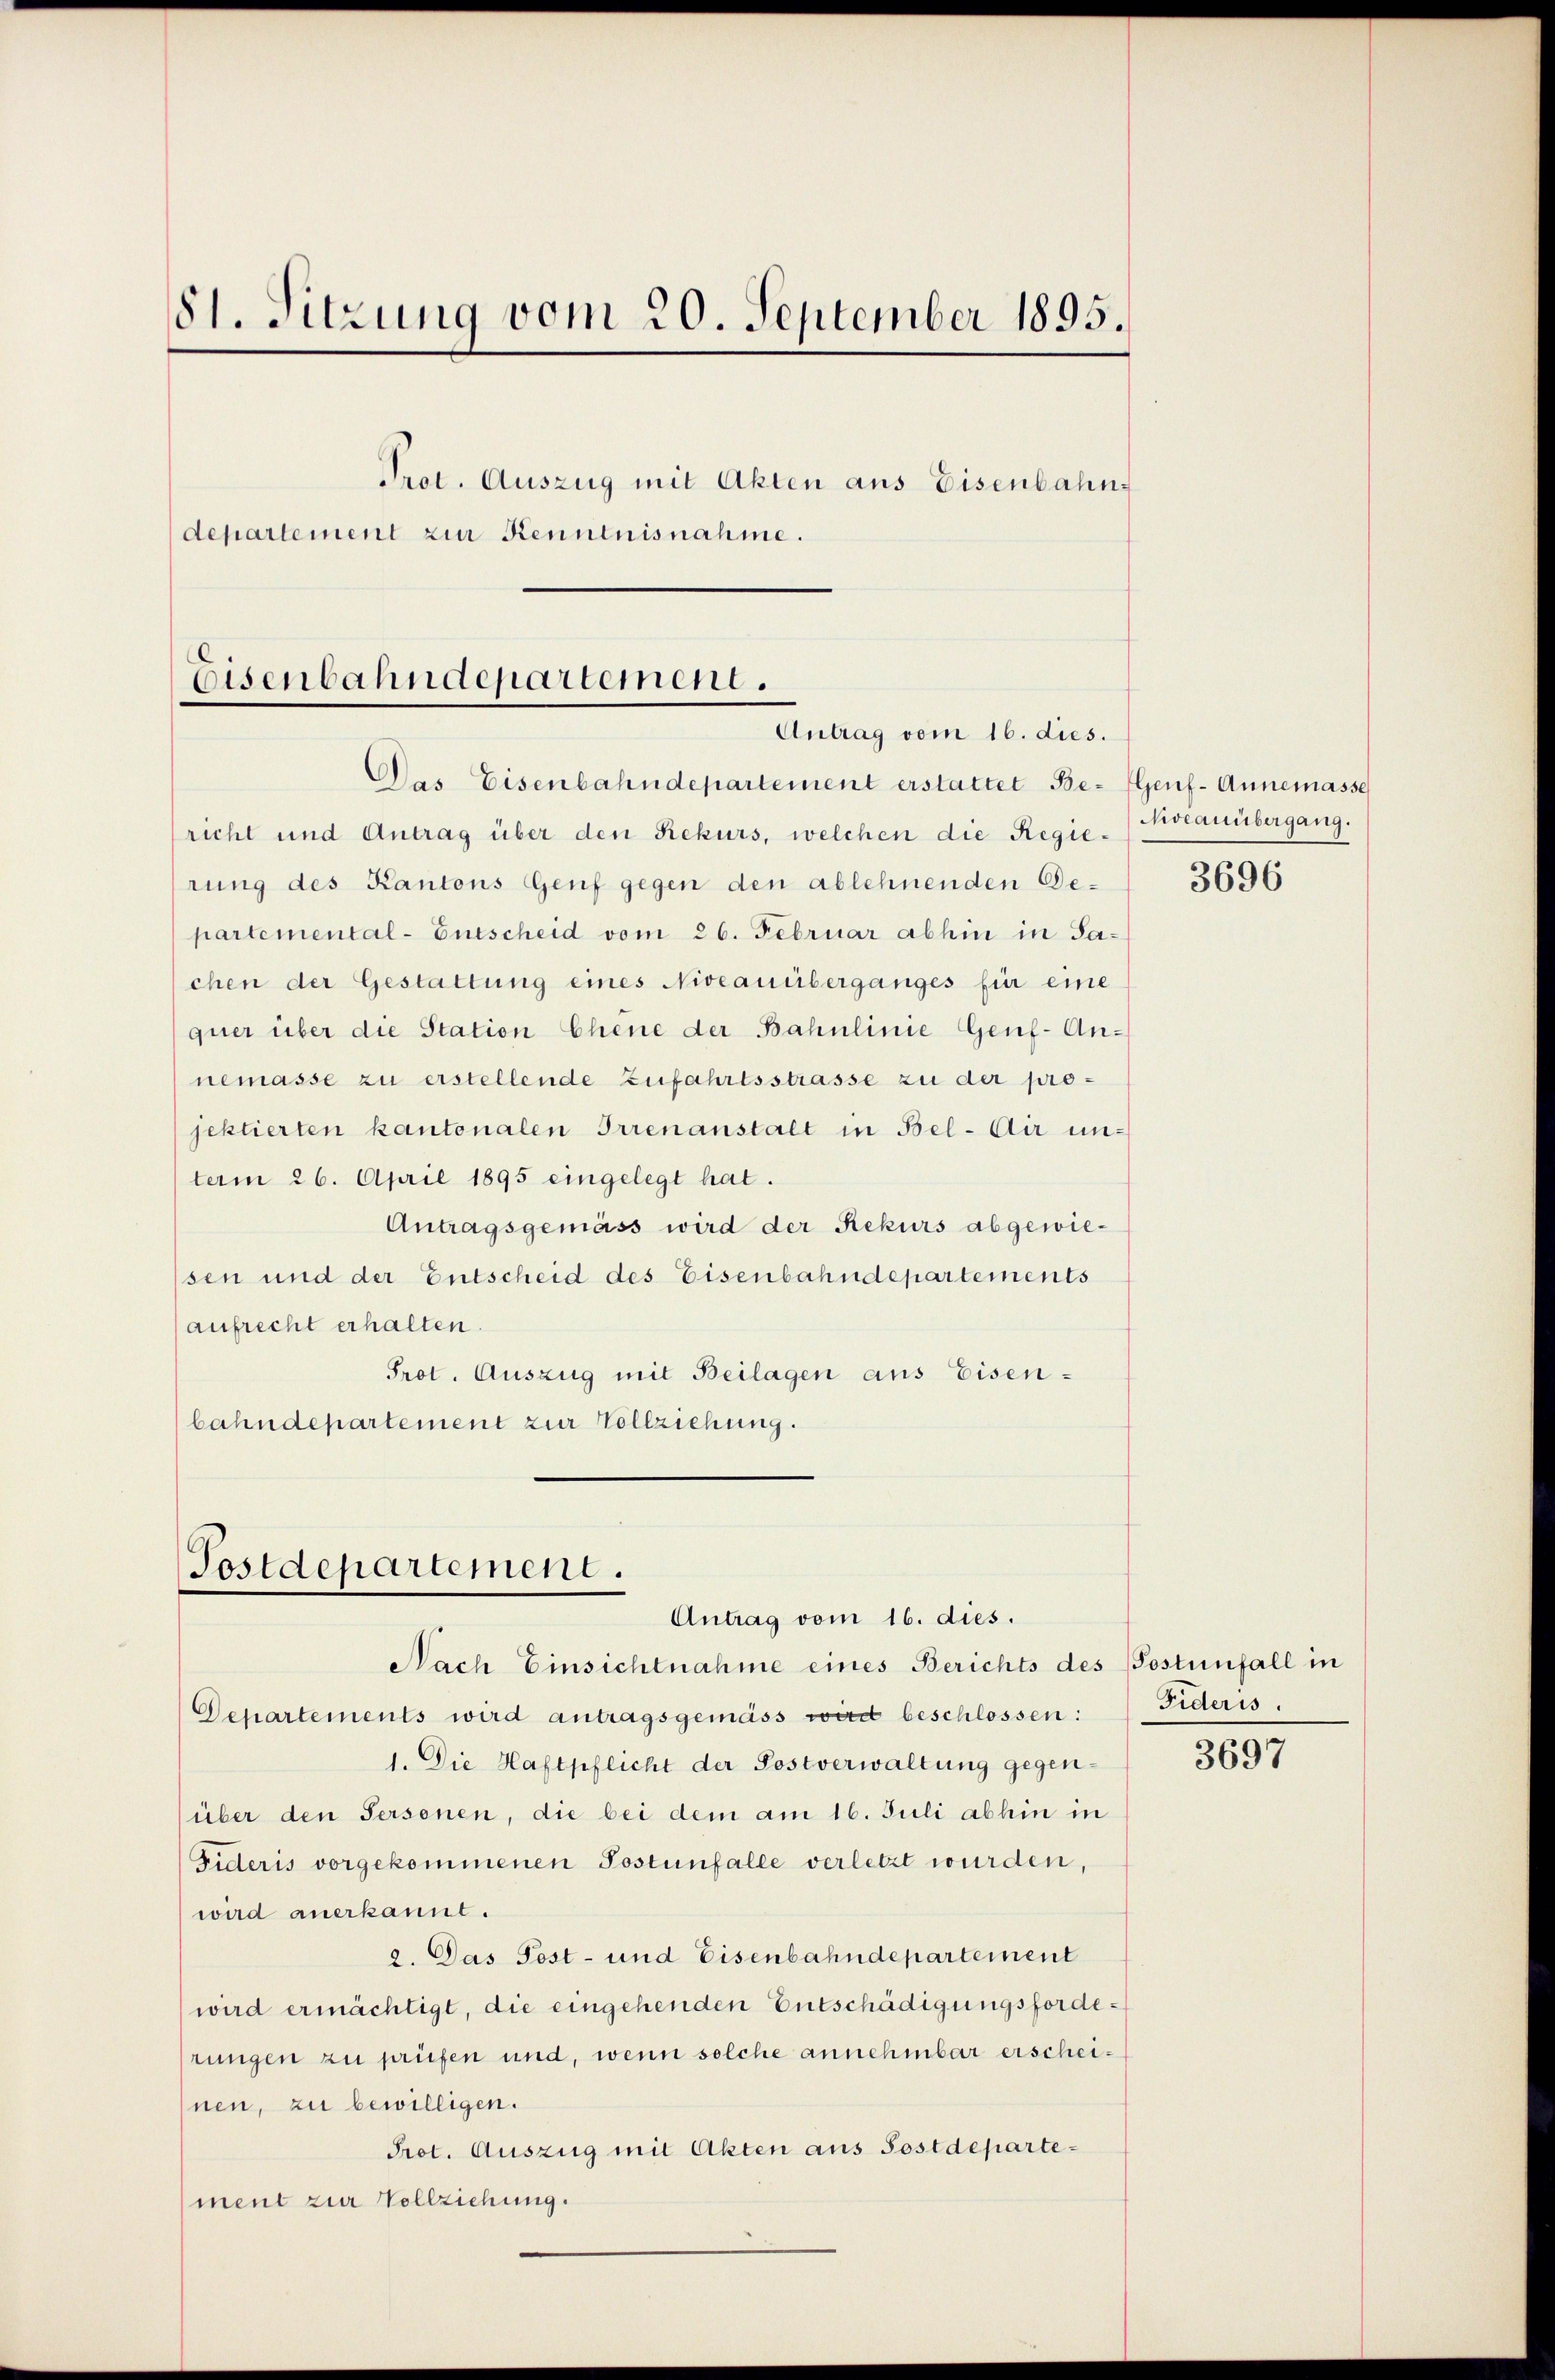
81. Sitzung vom 20. September 1895.
Prot. Auszug mit Akten aus Eisenbahn-
departement zur Kenntnisnahme.

Eisenbahndepartement.
Antrag vom 16. dies.

Das Eisenbahndepartement erstattet Be- Genf- Annemasse
richt und Antrag über den Rekurs, welchen die Regie-Mocauübergang.
rung des Kantons Genf gegen den ablehnenden Bepartemental-Entscheid vom 26. Februar abhin in Jachen der Gestattung eines Niveauüberganges für eine
quer über die Station Chene der Bahnlinie Genf-Annemasse zu erstellende Zufahrtsstrasse zu der projektierten kantonalen Irrenanstalt in Bel-Air unterm 26. April 1895 eingelegt hat.
Antragsgemäss wird der Rekurs abgewiesen und der Entscheid des Eisenbahndepartements
aufrecht erhalten.
Prot. Auszug mit Beilagen aus Eisenbahndepartement zur Vollziehung.

Postdepartement.
Antrag vom 16. dies.

Nach Einsichtnahme eines Berichts des Postenfall in
Departements wird antragsgemäss wird beschlossen:
1. Die Haftpflicht der Postverwaltung gegen-
(über den Personen, die bei dem am 16. Juli abhin in
Fideris vorgekommenen Postenfalle verletzt wurden,
wird anerkannt.
2. Das Post- und Eisenbahndepartement
wird ermächtigt, die eingehenden Entschädigungsforderungen zu prüfen und, wenn solche annehmbar erscheinen, zu bewilligen.
Prot. Auszug mit Akten aus Sostdepartement zur Vollziehung.

3696

Fideris

3697